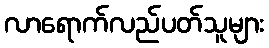
လာရောက်လည်ပတ်သူများ